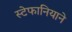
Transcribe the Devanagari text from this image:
स्टेफानियाने